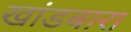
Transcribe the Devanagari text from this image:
खांडबारा